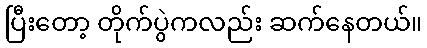
ပြီးတော့ တိုက်ပွဲကလည်း ဆက်နေတယ်။